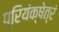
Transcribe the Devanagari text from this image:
प्रियंक्षेत्रं